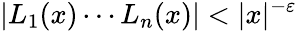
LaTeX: |L_{1}(x)\cdots L_{n}(x)|<|x|^{-\varepsilon}